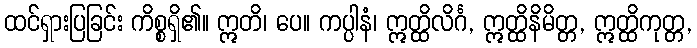
ထင်ရှားပြခြင်း ကိစ္စရှိ၏။ ဣတိ၊ ပေ။ ကပ္ပါနံ၊ ဣတ္ထိလိင်္ဂ, ဣတ္ထိနိမိတ္တ, ဣတ္ထိကုတ္တ,